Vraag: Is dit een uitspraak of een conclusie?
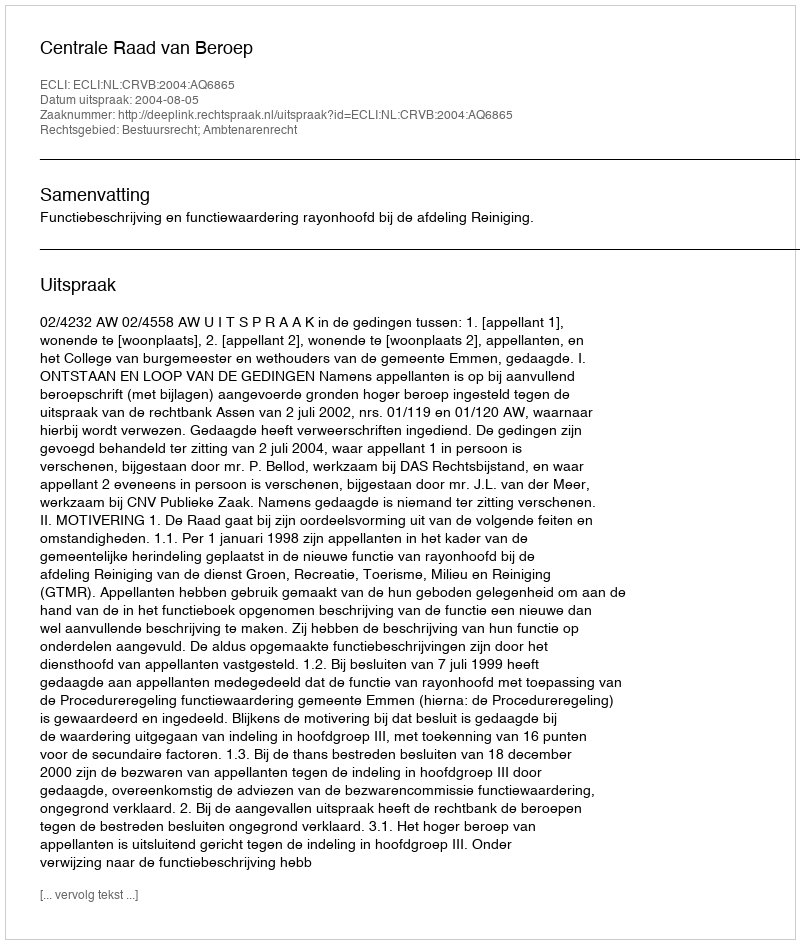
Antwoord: Uitspraak